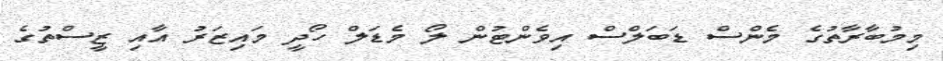
މިމުބާރާތުގެ މެންސް ޑަބަލްސް އިވެންޓުން ލޯ މެޑަލް ހޯދީ މައިޒަރު އާއި ޒީސްތުގެ